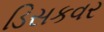
ડિસકવર